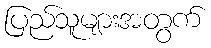
ပြည်သူများအတွက်